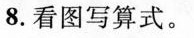
8.看图写算式。